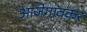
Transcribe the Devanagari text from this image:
आजेगावकर